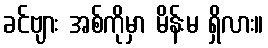
ခင်ဗျား အစ်ကိုမှာ မိန်းမ ရှိလား။